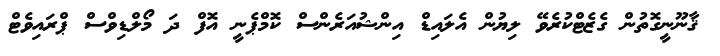
ޤާނޫނީގޮތުން ގެޒެޓްކުރެވޭ ލިޔުން އެލައިޑް އިންޝުއަރެންސް ކޮމްޕެނީ އޮފް ދަ މޯލްޑިވްސް ޕްރައިވެޓް